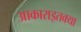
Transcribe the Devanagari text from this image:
आकाराइतक्या